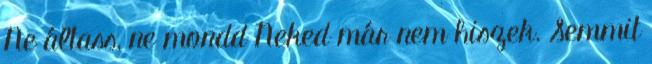
Ne áltass, ne mondd Neked már nem hiszek. Semmit